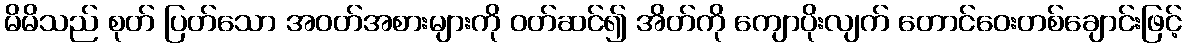
မိမိသည် စုတ် ပြတ်သော အဝတ်အစားများကို ဝတ်ဆင်၍ အိတ်ကို ကျောပိုးလျက် တောင်ဝေးတစ်ချောင်းဖြင့်